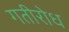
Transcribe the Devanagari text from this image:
गतीरोध